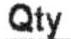
QTY